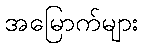
အမြောက်များ